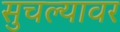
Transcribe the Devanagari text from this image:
सुचल्यावर